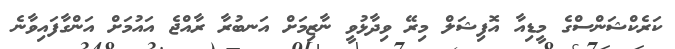
ކަރެކްޝަންސްގެ މީޑިއާ އޮފިޝަލް މިރޭ ވިދާޅުވީ ނާޒިމަށް އަނބުރާ ރާއްޖެ އައުމަށް އަންގާފައިވާނެ